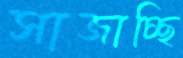
সাজাচ্ছি